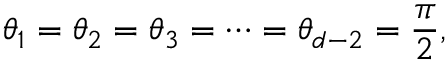
\theta _ { 1 } = \theta _ { 2 } = \theta _ { 3 } = \cdots = \theta _ { d - 2 } = \frac { \pi } { 2 } ,